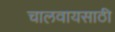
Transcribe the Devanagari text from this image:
चालवायसाठी